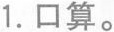
1.口算。